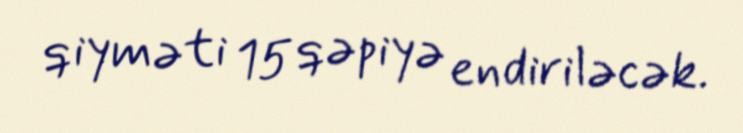
qiyməti 15 qəpiyə endiriləcək.